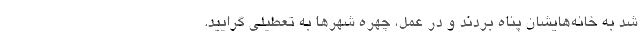
شد به خانه‌هایشان پناه بردند و در عمل، چهره‌ شهرها به تعطیلی گرایید.